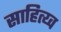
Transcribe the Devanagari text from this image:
साहित्य्व